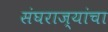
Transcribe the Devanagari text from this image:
संघराज्यांचा